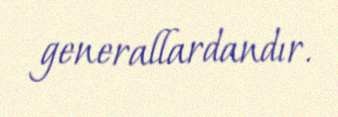
generallardandır.